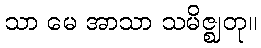
သာ မေ အာသာ သမိဇ္ဈတု။